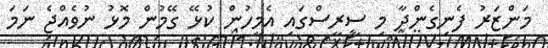
މަންޒަރު ފެނިގެންދާ މި ސީރީސްގައި އެމީހުން ކުޅޭ ގޭމުން މޮޅު ނުވެއްޖެ ނަމަ